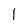
Character: l